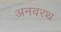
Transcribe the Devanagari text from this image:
अनवरथ